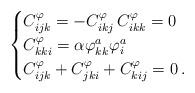
LaTeX: \begin{align*} \begin{cases}C^\varphi_{ijk} = - C^\varphi_{ikj} \, C^\varphi_{ikk} = 0 \\C^\varphi_{kki} = \alpha \varphi^a_{kk} \varphi^a_i \\C^\varphi_{ijk} + C^\varphi_{jki} + C^\varphi_{kij} = 0 \, .\end{cases}\end{align*}